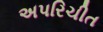
અપરિચીત